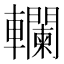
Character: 𨏭